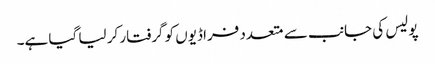
پولیس کی جانب سے متعدد فراڈیوں کو گرفتار کر لیا گیا ہے۔